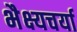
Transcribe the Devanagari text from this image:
भैक्ष्यचर्या